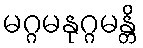
မဂ္ဂမနုဂ္ဂမန္တိ